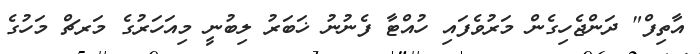
އާތިފް" ދަންޖެހިގެން މަރުވެފައި ހުއްޓާ ފެނުނު ޚަބަރު ލިބުނީ މިއަހަރުގެ މަރޗް މަހުގެ